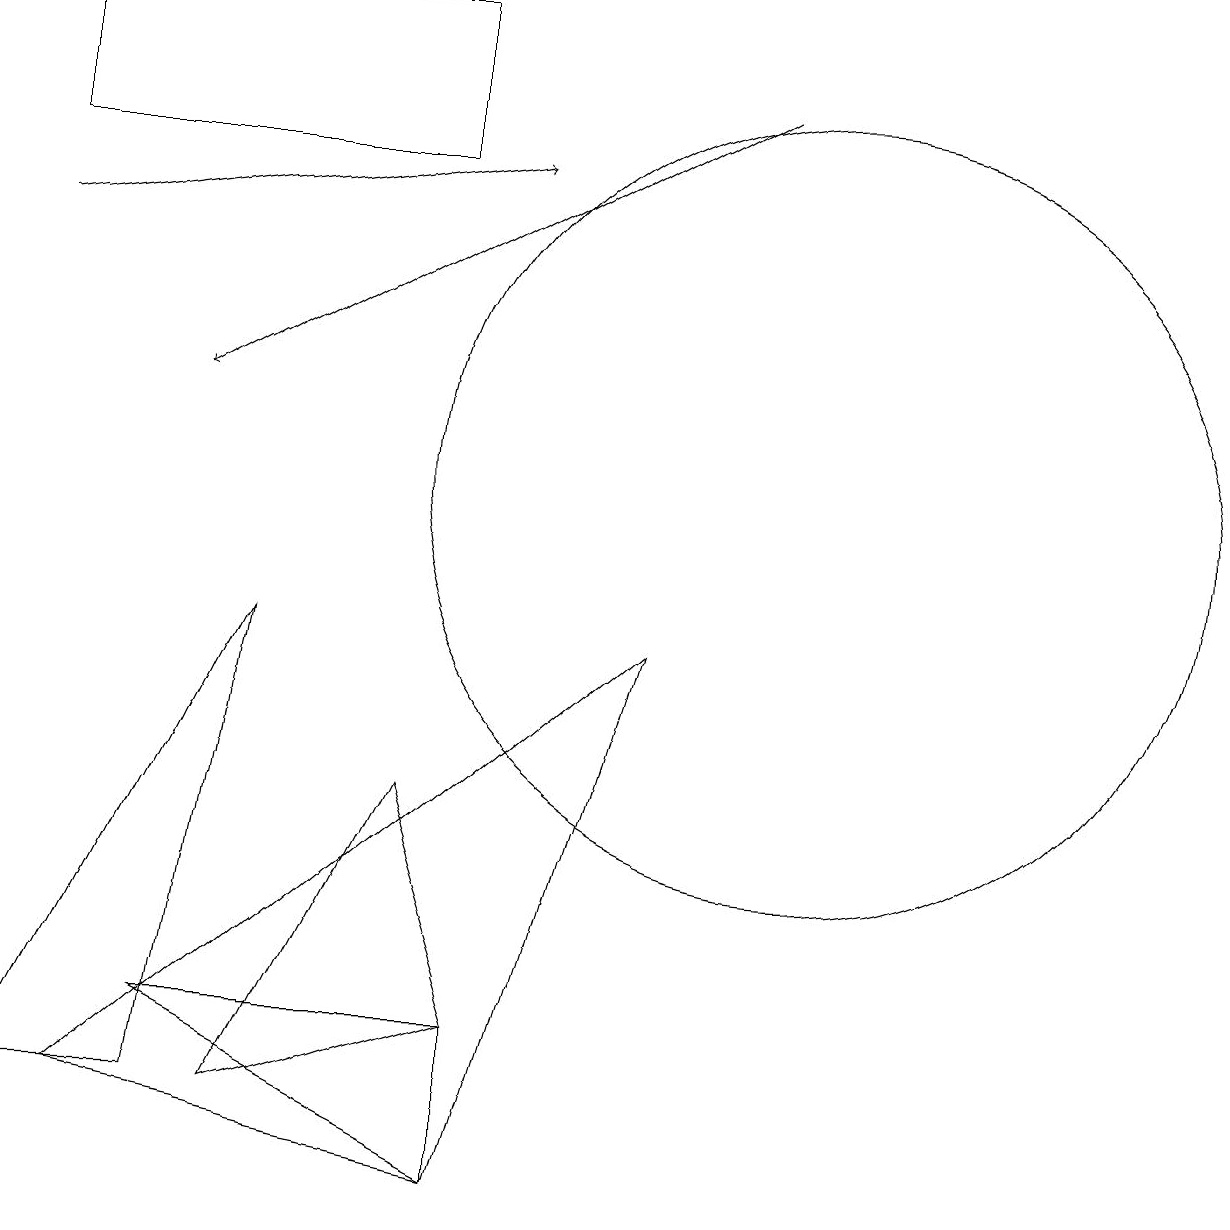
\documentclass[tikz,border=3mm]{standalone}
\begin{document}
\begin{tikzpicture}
\draw (10,11) circle (5);
\draw (2,4) -- (6,2) -- (6,4) -- cycle;
\draw[->] (9,16) -- (2,12);
\draw (5,17) rectangle (0,15);
\draw (8,9) -- (1,3) -- (6,2) -- cycle;
\draw (3,3) -- (6,4) -- (5,7) -- cycle;
\draw[->] (0,14) -- (6,15);
\draw (3,9) -- (0,3) -- (2,3) -- cycle;
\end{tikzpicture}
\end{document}